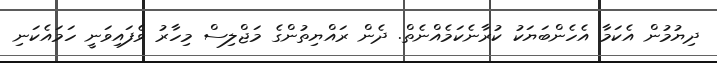
ދިޔުމުން އެކަމާ އެހެންބަޔަކު ކުރާނެކަމެއްނެތް. ދެން ރައްޔިތުންގެ މަޖްލިސް މިހާރު ވެފައިވަނީ ހަމައެކަނި